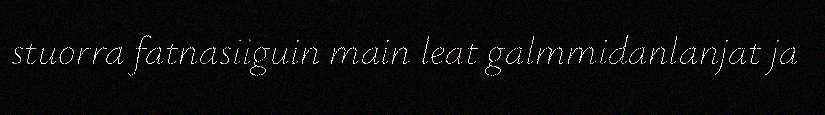
stuorra fatnasiiguin main leat galmmidanlanjat ja